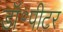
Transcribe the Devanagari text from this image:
डॉ॰पीटर